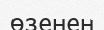
өзенен